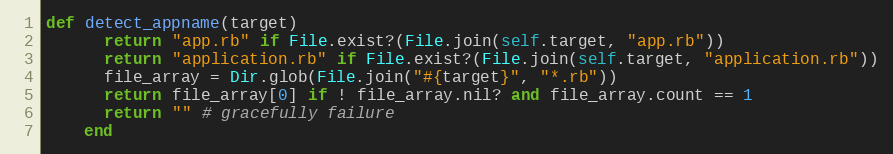
Language: Ruby
def detect_appname(target)
      return "app.rb" if File.exist?(File.join(self.target, "app.rb"))
      return "application.rb" if File.exist?(File.join(self.target, "application.rb"))
      file_array = Dir.glob(File.join("#{target}", "*.rb"))
      return file_array[0] if ! file_array.nil? and file_array.count == 1
      return "" # gracefully failure
    end